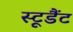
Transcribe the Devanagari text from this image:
स्टूडैंट